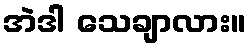
အဲဒါ သေချာလား။